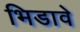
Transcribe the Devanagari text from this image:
भिडावे